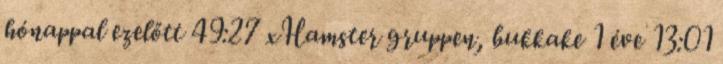
hónappal ezelőtt 49:27 xHamster gruppen, bukkake 1 éve 13:01